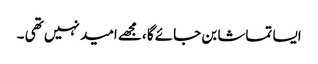
ایسا تماشا بن جائے گا ،مجھے امید نہیں تھی ۔